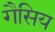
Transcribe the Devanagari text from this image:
गैसिय